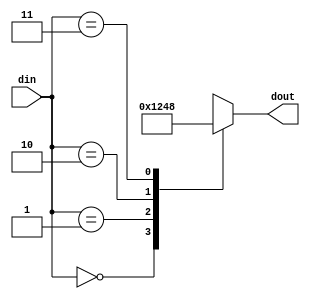
module dec2to4(din, dout);
input [1:0] din;
output [3:0] dout;

function [3:0] dec;
input [1:0] din;
    case (din)
        2'b00:  dec = 4'b0001;
        2'b01:  dec = 4'b0010;
        2'b10:  dec = 4'b0100;
        2'b11:  dec = 4'b1000;
    endcase
endfunction

assign dout = dec(din);

endmodule